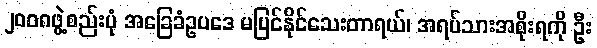
၂ဝဝ၈ဖွဲ့စည်းပုံ အခြေခံဥပဒေ မပြင်နိုင်သေးတာရယ်၊ အရပ်သားအစိုးရကို ဦး